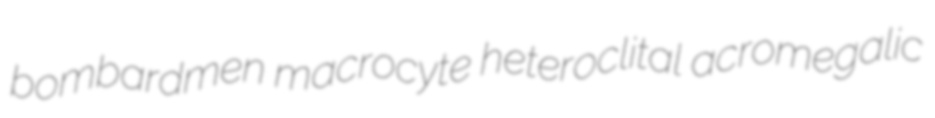
bombardmen macrocyte heteroclital acromegalic